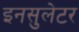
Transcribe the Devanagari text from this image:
इनसुलेटर